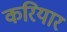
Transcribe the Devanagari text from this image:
करियार